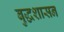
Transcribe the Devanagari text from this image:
बुद्धशासन